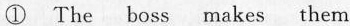
① The boss makes them